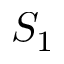
S _ { 1 }